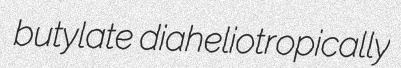
butylate diaheliotropically